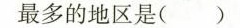
最多的地区是( )